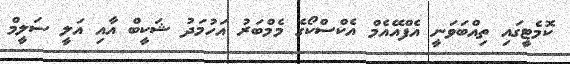
ކޮމެޓީގައި ތިއްބަވަނީ އެފްއޭއެމް އެކްސްކޯގެ މެމްބަރު އަހުމަދު ޝަކީބް އާއި އަލީ ސަލީމް